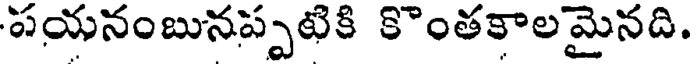
పయనంబునప్పటికి కొంతకాలమైనది.